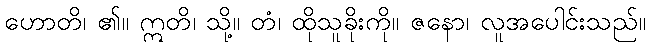
ဟောတိ၊ ၏။ ဣတိ၊ သို့။ တံ၊ ထိုသူခိုးကို။ ဇနော၊ လူအပေါင်းသည်။